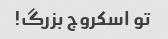
تو اسکروج بزرگ!